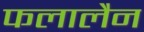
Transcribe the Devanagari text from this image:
फलालैन